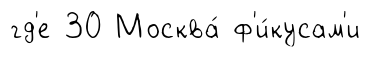
гд'е 30 Москва́ ф'и́кусам'и